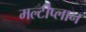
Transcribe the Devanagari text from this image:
मल्टीप्लान